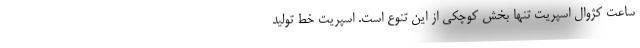
ساعت کژوال اسپریت تنها بخش کوچکی از این تنوع است. اسپریت خط تولید